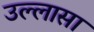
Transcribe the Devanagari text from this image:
उल्लासा